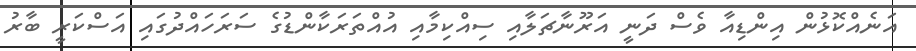
އަނެއްކޮޅުން އިންޑިއާ ވެސް ދަނީ އަރޫނާޗަލާއި ސިއްކިމާއި އުއްތަރަކާންޑުގެ ސަރަހައްދުގައި އަސްކަރީ ބާރު